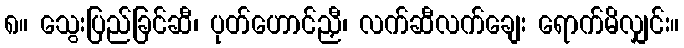
၈။ သွေးပြည်ခြင်ဆီ၊ ပုတ်ဟောင်ညှီ၊ လက်ဆီလက်ချေး ရောက်မိလျှင်း။